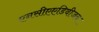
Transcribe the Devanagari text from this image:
एनसीएएडिवीजन